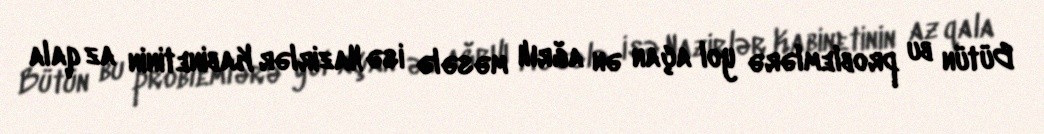
Bütün bu problemlərə yol açan ən ağrılı məsələ isə Nazirlər Kabinetinin az qala